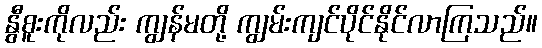
နွီစူးကိုလည်း ကျွန်မတို့ ကျွမ်းကျင်ပိုင်နိုင်လာကြသည်။